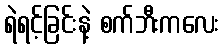
ရဲရင့်ခြင်းနဲ့ စက်ဘီးကလေး